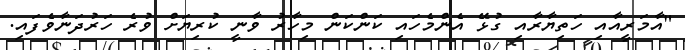
"އާމަރީއާއި ހަތިޔާރާއި ގުޅޭ އެންމެހައި ކަންކަން މިހާރު ވާނީ ކުރިޔަށް ވުރެ ހަރުދަނާވެފައި.